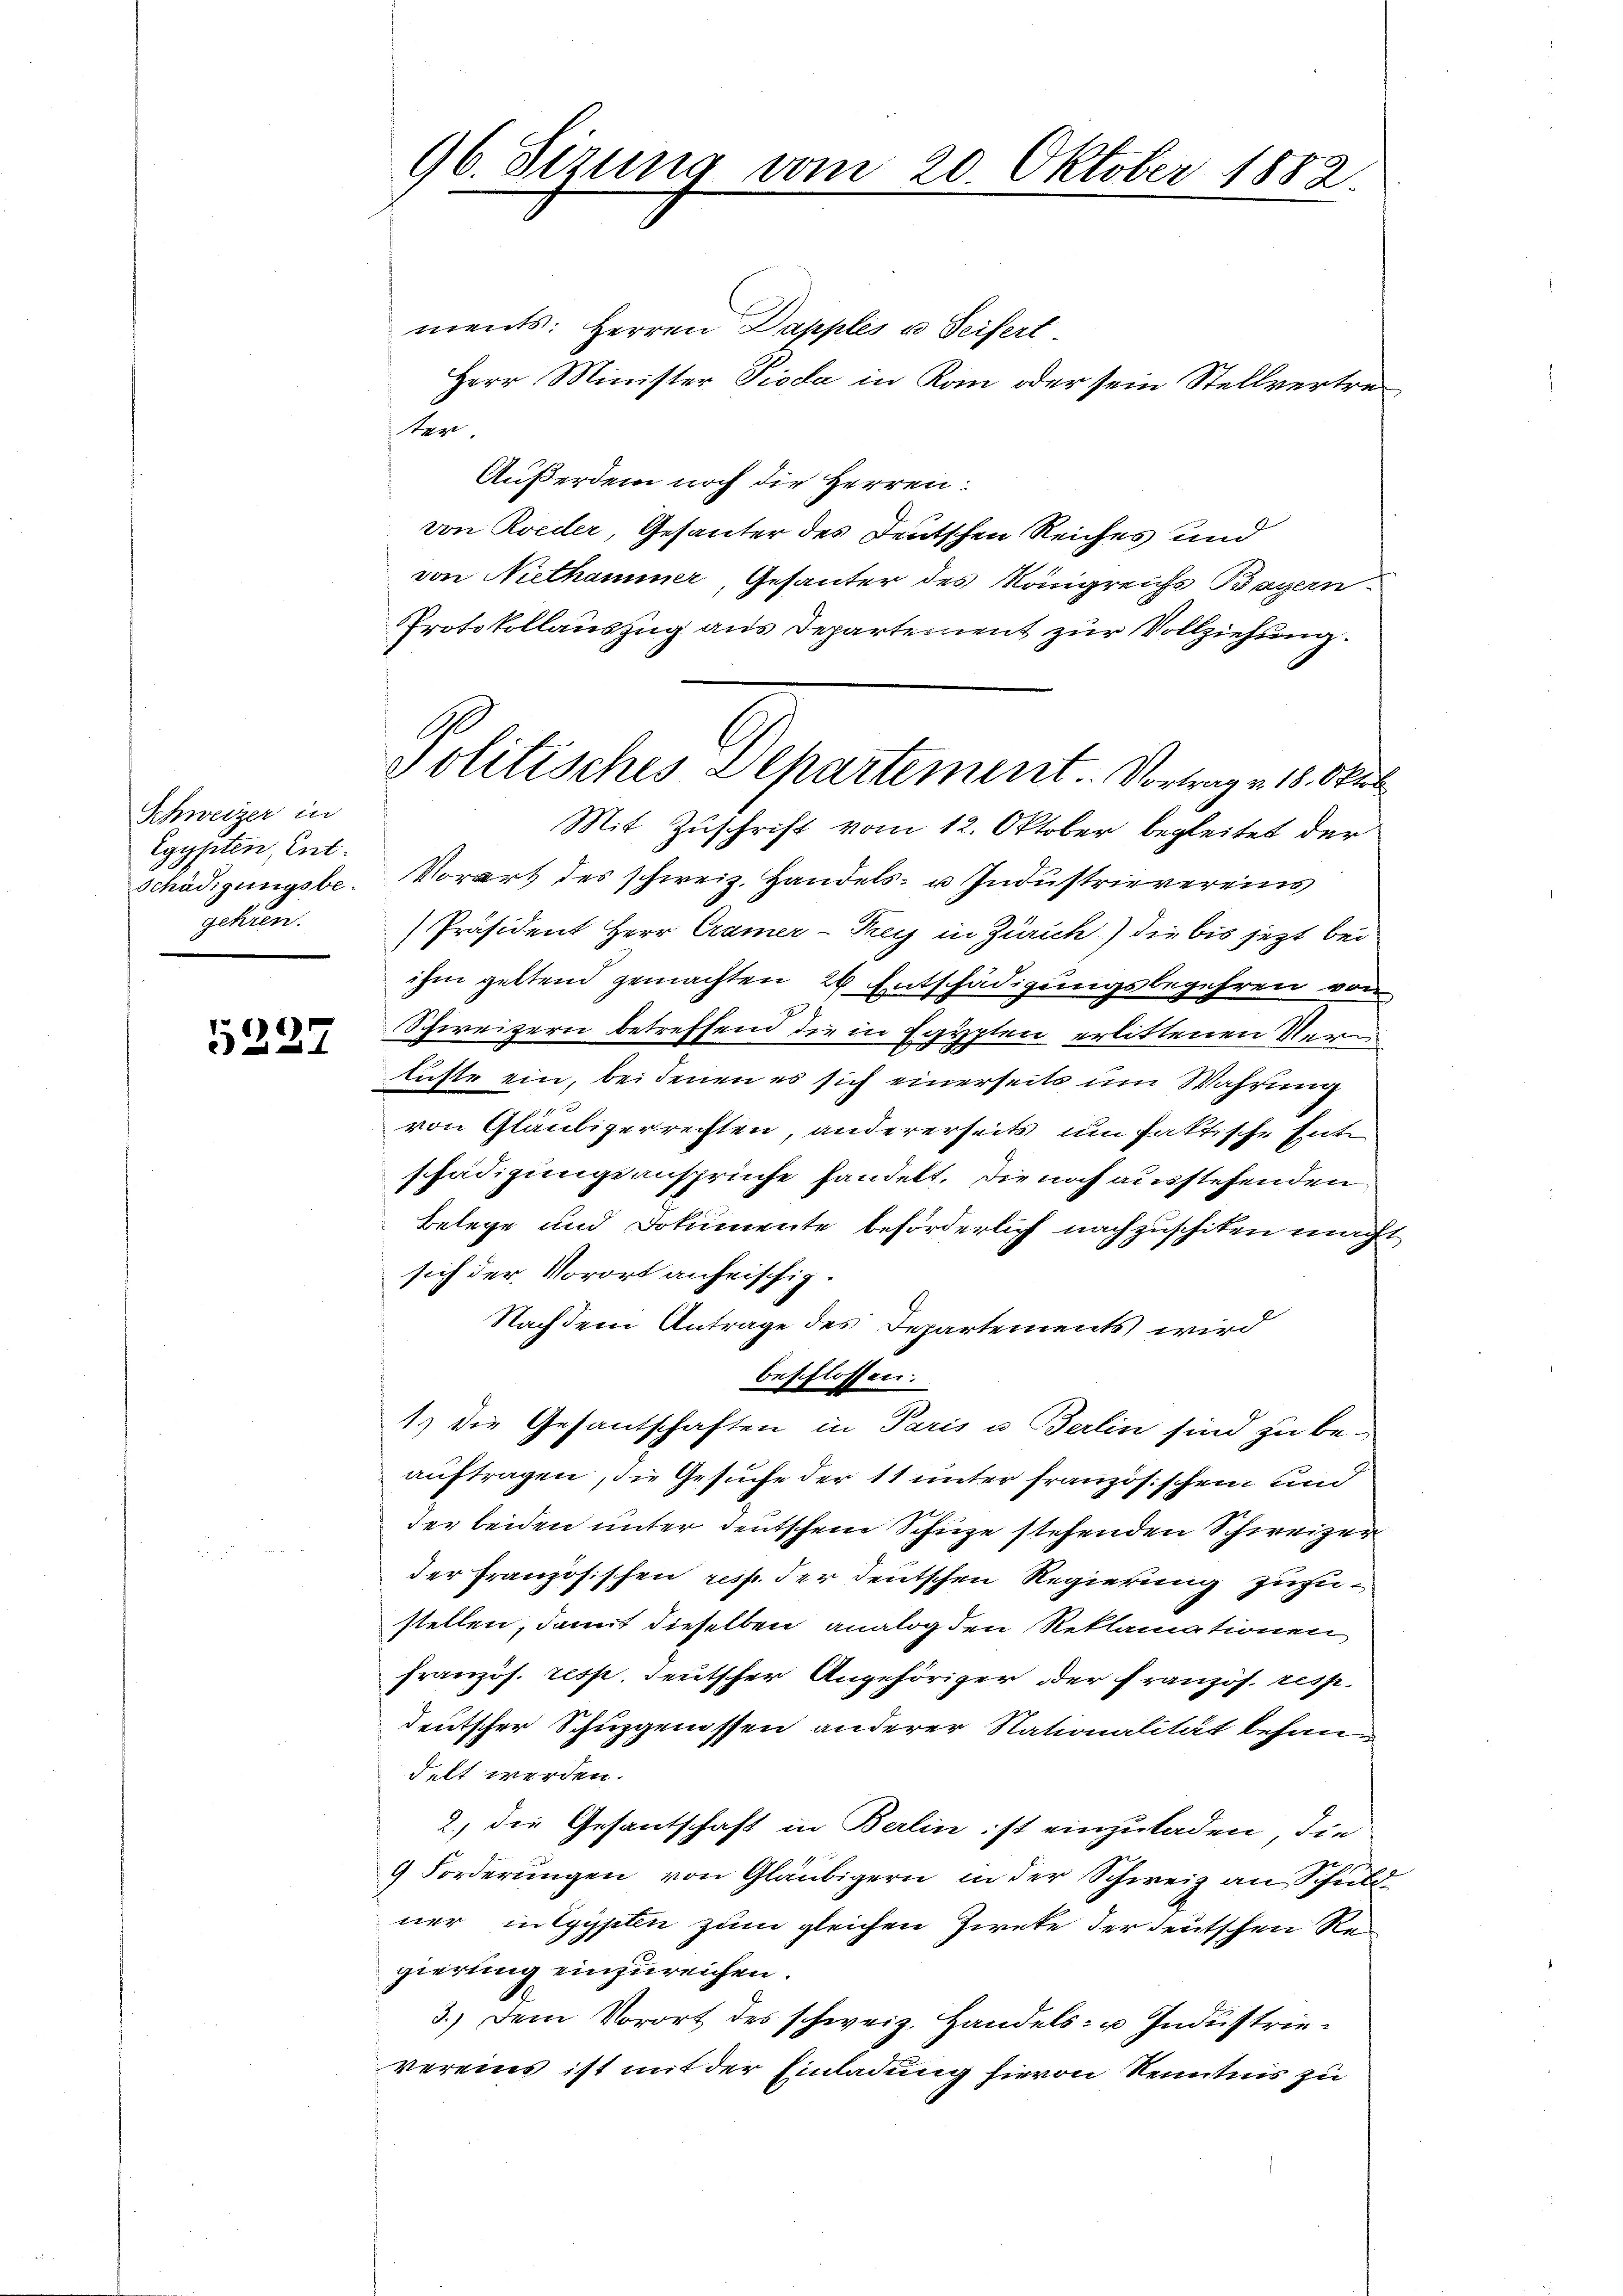
Schweizer in
Egypten, Ent
gehren.

5237

ments: Herren Dapples u. Seifert
Herr Minister Pioda in Kann oder sein Stellvertreter
Außerdem noch die Herren:
von Zoeder, Gesanter des Deutschen Reiches und
von Niethammer, Gesanter des Königreichs Bayern
Protokollauszug aus Departement zur Vollziehung.
Mit Zuschrift vom 12. Oktober begleitet der
Schädigungsbe. Vorart des schweiz. Handels- u. Industrievereins
Präsident Herr Cramer-Prey in Zürich) die bis jetzt bei
ihm geltend gemachten 26 Entschädigungsbegehren von
Schweizern betreffend die in Egypten erlittenen Verlüste ein, beidenen es sich einerseits um Wahrung
von Gläubigerrechten, andererseits um faktische Ente
schädigungsansprüche handelt. Die noch ausstehenden
Belege und Dokumente beförderlich nachzuschiken machsich der Vorort anheissig.
Nach dem Antrage des Departements wird
beschlossen.
1.) Die Gesantschaften in Paris u Berlin sind zu be-
auftragen, die Gesuche der 11 unter französischen und
der beiden unter deutschen Schuze stehenden Schweizer
der Französischen resp. der deutschen Regierung zuzustellen, damit dieselben analog den Reklamationen,
französ. resp. deutscher Angehöriger der Französ. resp.
deutscher Schuzgenossen anderer Nationalität behandelt werden.
2.) die Gesantschaft in Berlin ist einzuladen, die
9 Forderungen von Gläubigern in der Schweiz an Schulner in Egypten zum gleichen Zirke der deutschen Regierung einzureichen.
3.) Dem Vorort des schweiz. Handels- u Industrievereins ist mit der Einladung hievon Kenntnis zu

96. Sizung vom 20. Oktober 1882.

Politisches Departement. Vortrag v. 18. Okto